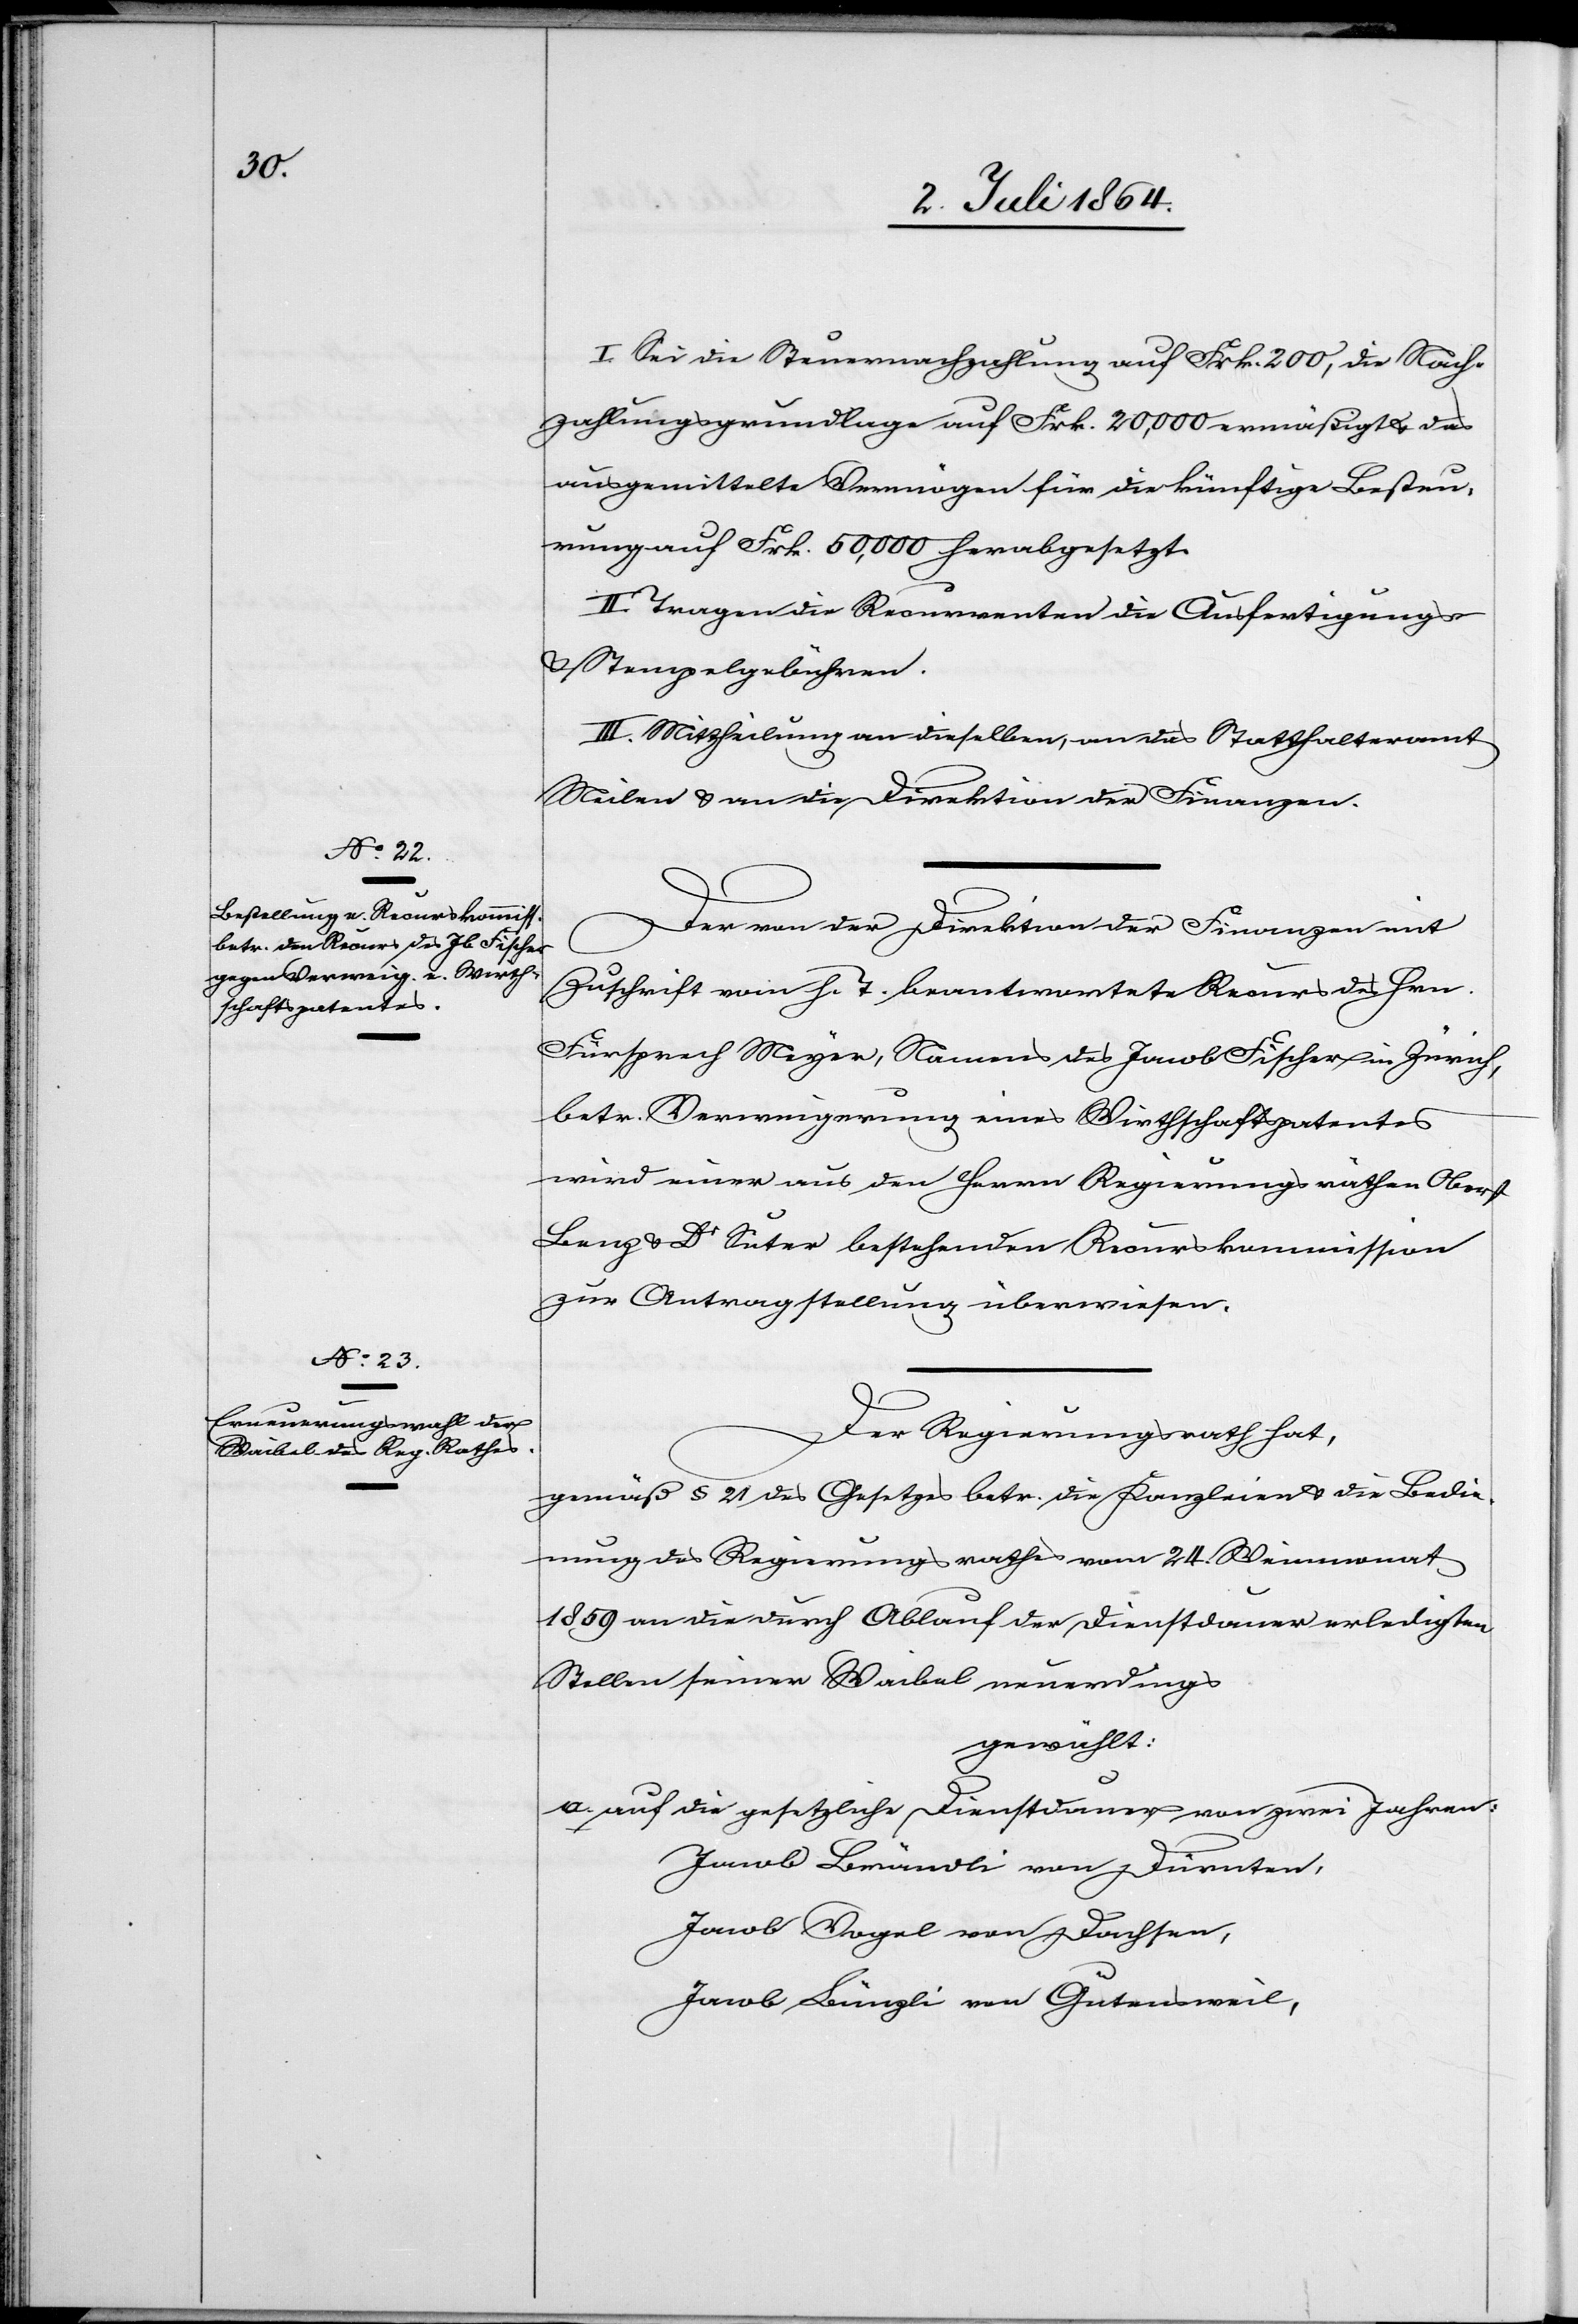
I. Sei die Steuernachzahlung auf Frk. 200, die Nach¬
zahlungsgrundlage auf Frk. 20,000 ermäßigt u. das
ausgemittelte Vermögen für die künftige Besteu¬
erung auf Frk. 50,000 herabgesetzt.
II. Tragen die Recurrenten die Ausfertigungs-
u. Stempelgebühren.
III. Mittheilung an dieselben, an das Statthalteramt
Meilen u. an die Direktion der Finanzen.
Der von der Direktion der Finanzen mit
Zuschrift vom h. T. beantwortete Recurs des Hrn.
Fürsprech Meyer, Namens des Jacob Fischer in Zürich,
betr. Verweigerung eines Wirthschaftspatentes
wird einer aus den Herrn Regierungsräthen Oberst
Benz u. Dr Suter bestehenden Recurskommission
zur Antragstellung überwiesen.
Der Regierungsrath hat,
gemäß § 21 des Gesetzes betr. die Kanzleien u. die Bedi¬
ngung des Regierungsrathes vom 24. Weinmonat
1859 an die durch Ablauf der Dienstdauer erledigten
Stellen seiner Waibel neuerdings
gewählt:
a. auf die gesetzliche Dienstdauer von zwei Jahren:
Jacob Brändli von Dürnten
Jacob Vogel von Dachsen,
Jacob Bünzli von Gutensweil,